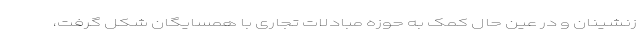
زنشینان و در عین حال کمک به حوزه مبادلات تجاری با همسایگان شکل گرفت،